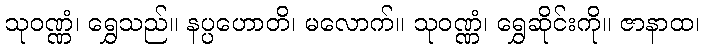
သုဝဏ္ဏံ၊ ရွှေသည်။ နပ္ပဟောတိ၊ မလောက်။ သုဝဏ္ဏံ၊ ရွှေဆိုင်းကို။ ဇာနာထ၊